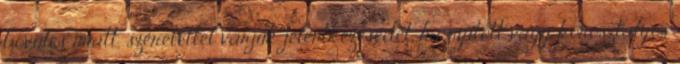
bővülés miatt, szeretettel várjuk jelentkezésedet, ha nyitott vagy korosztályos